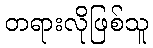
တရားလိုဖြစ်သူ